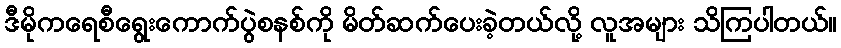
ဒီမိုကရေစီရွေးကောက်ပွဲစနစ်ကို မိတ်ဆက်ပေးခဲ့တယ်လို့ လူအများ သိကြပါတယ်။